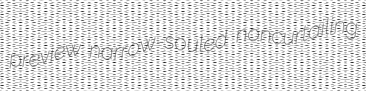
preview narrow-souled noncurtailing